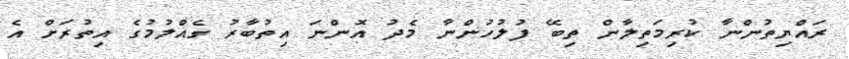
ރައްޔިތުންނާ ކުރިމަތިލާން ތިބޭ ފުލުހުންނާ މެދު އޮންނަ އިތުބާރު ގެއްލުމުގެ އިތުރަށް އެ